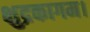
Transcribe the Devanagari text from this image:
क्षुद्रकागम।